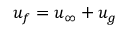
u _ { f } = u _ { \infty } + u _ { g }